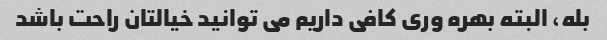
بله، البته بهره وری کافی داریم می توانید خیالتان راحت باشد